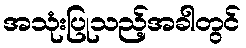
အသုံးပြုသည့်အခါတွင်